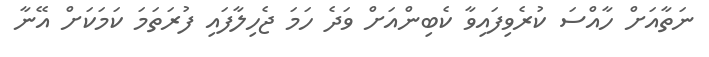
ނަތާއަށް ހާއްސަ ކުރެވިފައިވާ ކެބިންއަށް ވަދެ ހަމަ ޖެހިލާފައި ފުރަތަމަ ކަމަކަށް އޭނާ